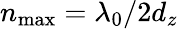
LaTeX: n_{\mathrm{max}}=\lambda_{0}/2d_{z}